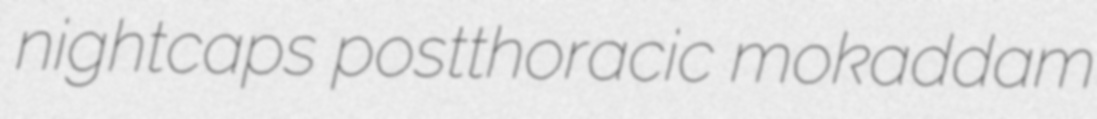
nightcaps postthoracic mokaddam